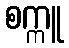
စက္ကူ